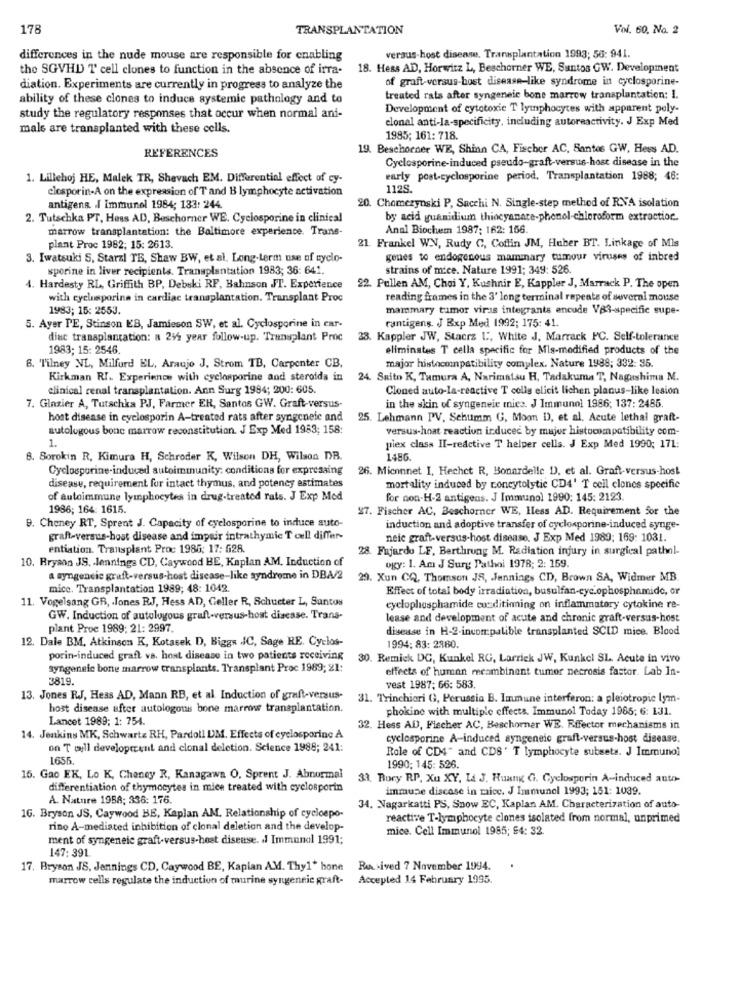
178
TRANSPLANTATION
Vol. 60, No. 2
differences in the nude mouse are responsible for enabling
versus-host disease. Transplantation 1993; 56: 941.
the SGVHD T cell clones to function in the absence of irra-
18. Hess ADD, Horwitz L, Beschorner WE, Santos GW. Development
of graft versus-bost disease-like syndrome in cyclosporine-
diation. Experiments are currently in progress to analyze the
ability of these clones to induce systemie pathology and to
treated rats after syngeneie bone marrow transplantation: 1.
Development of cytotoxie T lymphocytes with apparent poly-
study the regulatory responses that occur when normal ani-
elonal anti-la-specificity, including autoreactivity. J Exp Med
mals are transplanted with these cells.
1985; 161: 718.
REFERENCES
19. Beschorner WE, Shinn CA, Fiscbor AC. Santos GW, Hees AD.
Cyclosporine-induced pseudo-graft-versus-host disease in the
1. Lillehoj HE, Malek TR, Shevach EM. Differential effect of cy-
early post-cyclosporine period, Transplantation 1988; 46:
closporin-A on the expression of T and B lymphocyte activation
112S.
20. Chomezynski P, Sacchi N. Single-step method of RVA isolation
antigena. I Immunol 1984; 133: 244.
2. Tutschka PT, Hess AD, Beschorner WE. Cyclosporine in clinical
by acid yuanidium thiocyanare-phenol-chloroform extraction ..
marrow transplantation: the Baltimore experience. Trans-
Anal Biochem 1987: 162: 166.
plant Proc 1982; 15: 2613.
21 Frankel WN, Rudy C, Coffin JM, Huber BT. Linkage of Mis
3. Iwatsuki S, Starzi TB, Shaw BW, et al. Long-term use of cyclo-
genes to endogenous mammary tumour viruses of inbred
sporine in liver recipients. Transplantation 1983; 36: 641.
strains of mice. Nature 1991; 349: 526.
4. Hardesty RL, Griffith BP, Debski RF, Bahnson JT. Experience
22. Pullen AM, Chai Y, Kushnir E, Kappler J, Marrack P. The open
with cyclosporine in cardiac transplantation. Transplant Proc
reading frames in the 3' long terminal repeats of several mouse
1983; 15: 2553.
mammary tumor viras integrants encode V83-specific supe-
rantigens. J Exp Med 1992; 175: 41.
5. Ayer PE, Stinson L'B, Jamieson SW, et al. Cyclosporine in car-
diuc transplantation: a 245 year follow-up. Transplant Proc
33. Kappler JW, Stacrs L', White J. Marrack PC. Self-tolerance
1983; 15: 2546.
eliminates T cella specific for Mls-modified products of the
6. "Tilney NL, Milford EL, Araujo J, Strom TB, Carpenter CB,
major histocompatibility complex. Nature 1988; 332: 35.
Kirkman RI. Experience with cyclosporine and steroids in
24. Saito K, Tumura A, Narimatsu H, Tadakuma T, Nagashima M.
clinical renal transplantation. Ann Surg 1984; 200: 605.
Cloned auto-la-reactive T cells elicit lichen planus-like lesion
in the skin of syngeneie tics. J Immunol 1986; 137: 2485
7. Glazier A, Tutschka PJ, Farmer ER, Santos GW. Graft-versus-
host disease in eyelosporin A-treated rats after syngeneic and
25. Lehmann PV, Schumm G, Moon D), et al. Acute lethal graft-
autologous bone marrow reconstitution. J Exp Med 1983; 158:
versus-hoat reaction induced by mujer histocompatibility com-
1.
piex class II-reactive T helper cells. J Exp Med 1990; 171:
8. Sorokin R, Kimura H, Schroder K, Wilson DH, Wilson DR.
1486.
Cyclosporine-induced autoimmunity: conditions for expressing
26. Miconnet I, Hechet R, Bonardelle D), et al. Graft-versus-host
disease, requirement for intact thymus, and potency estimates
mortality induced by concytolytic CD4' T cell clones specific
of autoimmune lymphocytes in drug-treated rats. J Exp Mod
for non-H-2 antigens. J Immunol 1990: 145: 2123.
1986; 164: 1615.
27. Fischer AC, Beschorner WE, Hess AD. Requirement for the
9. Cheney RT, Sprent J. Capacity of cyclosporine to induce auto-
induction and adoptive transfer of cyclosporine-induced synge-
graft-versus-host disease and impair intrathymic T cell differ-
nele graft-versus-host disease. J Exp Med 1989; 169: 1031.
entiation. Transplant Proc 1985: 17: 528.
28. Fajardo LF, Berthrung M. Radiation injury in surgical pathol-
10. Bryson JS, . Jennings CD, Caywood BE, Kaplan AM, Induction of
ogy: 1. Am J Surg Pathoi 1978; 2: 159
a syngencic graft-versus-host disease-like syndrome in DBA/2
29. Xun CQ, Thomson JS, Jennings CD, Brown SA, Widmer MB.
mice. Transplantation 1989; 48: 1042.
Effect of total body irradiation, busulfan-cyc.ophosphamide, or
11. Vogelsang GR, . Jones RJ, Hess AD, Geller R, Schuster L, Santos
cyclophosphamide conditioning on inflammatory cytokine re-
GW. Induction of autologous graft-versus-host disease. Trans-
lease and development of acute and chronic graft-versus-host
plant Proe 1989: 21: 2997
disease in H-2-incompatible transplanted SCID mice. Blood
12. Dale BM, Atkinson K, Kotasek D, Biggs IC, Sage RE. Cyclos-
1994: 83: 2380.
porin-induced graft va. host disease in two patients receiving
30. Remick DG, Kunkel RG, Larrick JW, Kunkel SL. Acute in vivo
syngeneic bone marrow transplants. Transplant Proc 1989; 21:
effects of human mecombinent tumor necrosis factor. Lab In-
3819.
vest 1987; 66: 583.
13. Jones RJ, Hess AD, Mann RB, et al Induction of graft-versus-
31. Trinchieri Gì, Perussia B. Immune interferon: a pleiotropic lym-
host disease after autologous bone marrow transplantation.
phokine with multiple effects. Immunol Today 1985; 6: 131.
Lancet 1989: 1: 754.
32. Hess AD, Fischer AC, Beschorner WE. Effector mechanisms in
14. Jenkins MK, Schwartz RH, Pardoll UM. Effects of eyelosporine A
cyclosporine A-induced syngeneic graft-versus-host disease.
on T will developrent and clonal deletion. Science 1988; 241:
Role of CD4" and CDS" T lymphocyte subseta. J Immuno]
1655.
1990; 145: 526.
15. Gao EK, Lo K, Cheney R, Kanagawa O, Sprent J. Abnormal
31. Bory RP, Xu XY, La J. Huang G. Cyclosporin A-induced auto-
differentiation of thymocytes in mice treated with cyclosporin
immune discase in mice. J Immunol 1993; 151: 1039
A. Nature 1958; 336: 176.
34. Nagarkatti PS, Snow EC, Kaplan AM. Characterization of auto
16. Bryson JS, Caywood BE, Kaplan AM, Relationship of cycloepo-
reactive T-lymphocyte clones isolated from normal, unprimed
rino A-mediated inhibition of clonal deletion and the develop-
mice. Cell Immunol 1985; 94: 32.
ment of syngeneic graft versus-host disease. l Immunol 1991;
147: 391
17. Bryson JS, Jennings CD, Caywood BE, Kaplan A.M. Thyl" hone Rek sived 7 November 1994.
.
marrow cells regulate the induction of murine syngeneic graft- Accepted 14 February 1995.